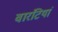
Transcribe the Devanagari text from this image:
वारंटियां